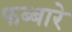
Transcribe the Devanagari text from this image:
फब्बारे